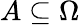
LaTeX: A\subseteq\Omega